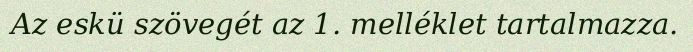
Az eskü szövegét az 1. melléklet tartalmazza.